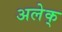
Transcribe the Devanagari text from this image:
अलेक्